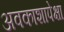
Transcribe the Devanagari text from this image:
अवकाशापेक्षा